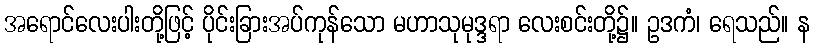
အရောင်လေးပါးတို့ဖြင့် ပိုင်းခြားအပ်ကုန်သော မဟာသုမုဒ္ဒရာ လေးစင်းတို့၌။ ဥဒကံ၊ ရေသည်။ န